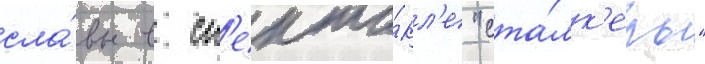
сла́вы в сп'екта́кл'е "ста́лк'еры"